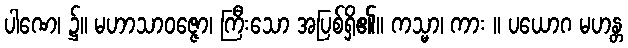
ပါဏေ၊ ၌။ မဟာသာဝဇ္ဇော၊ ကြီးသော အပြစ်ရှိ၏။ ကသ္မာ၊ ကား ။ ပယောဂ မဟန္တ